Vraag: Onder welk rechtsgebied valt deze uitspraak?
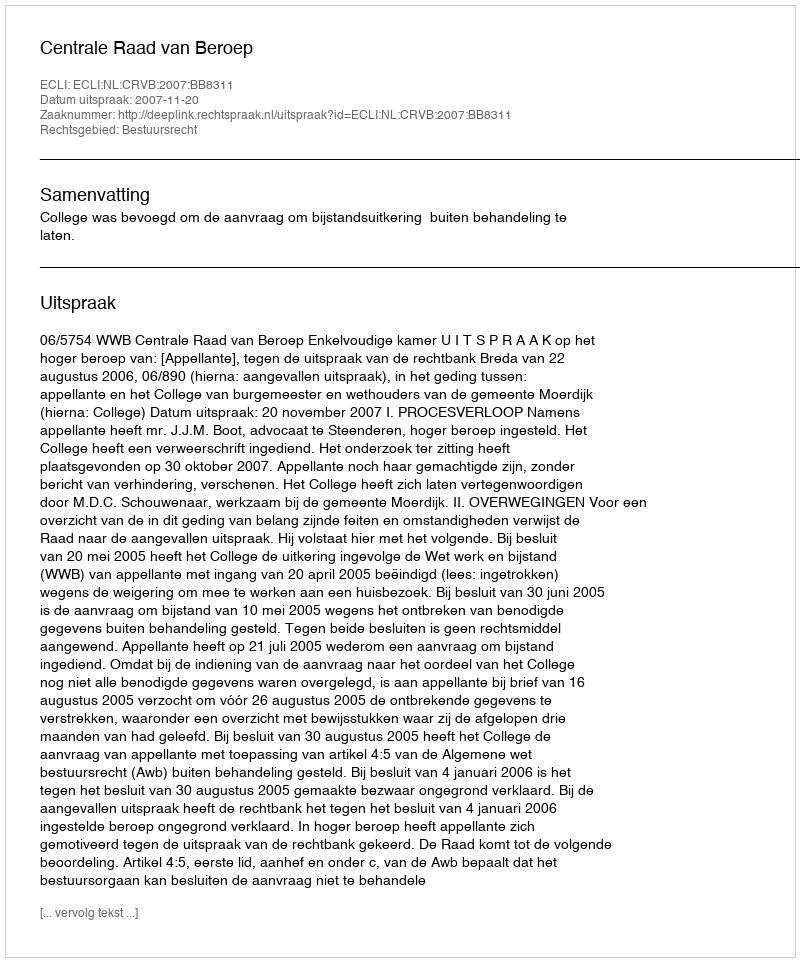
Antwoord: Bestuursrecht